Vaccination in the Punjab 1867-1880 - 1867-1880
Year: 1867
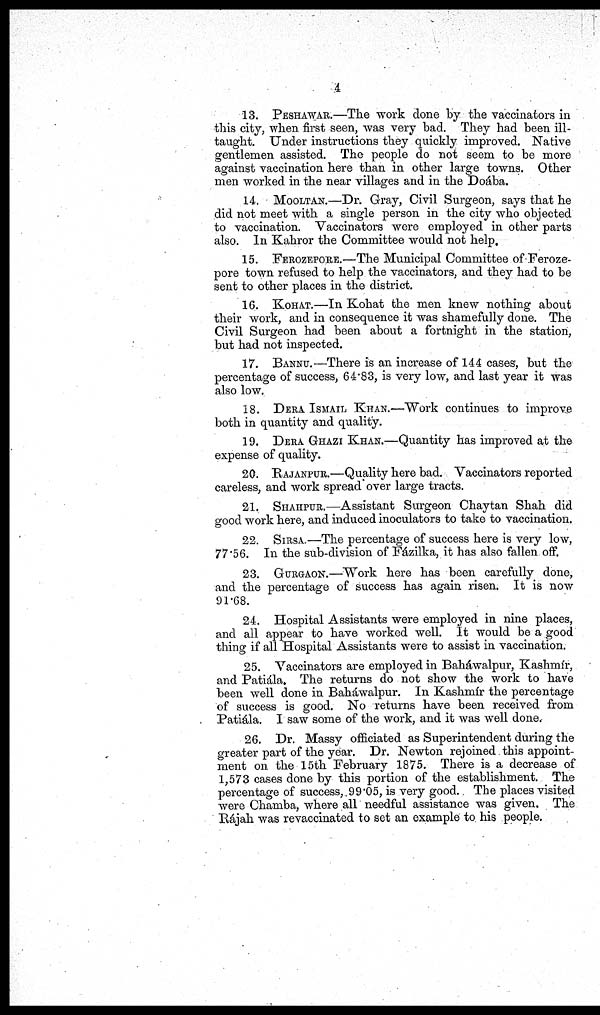
4
13. PESHAWAR.—The work done by the vaccinators in
this city, when first seen, was very bad. They had been ill
taught. Under instructions they quickly improved. Native
gentlemen assisted. The people do not seem to be more
against vaccination here than in other large towns. Other
men worked in the near villages and in the Doába.
14. MOOLTAN.—Dr. Gray, Civil Surgeon, says that he
did not meet with a single person in the city who objected
to vaccination. Vaccinators were employed in other parts
also. In Kahror the Committee would not help.
15. FEROZEPORE.—The Municipal Committee of
F
sent to other places in the district.
16. KOTAT.—In Kohat the men knew nothing about
their work, and in consequence it was shamefully done. The
Civil Surgeon had been about a fortnight in the station,
but had not inspected.
17. BANNU.—There is an increase of 144 cases, but the
percentage of success, 64.83, is very low, and last year it was
also low.
18. DERA ISMAIL KHAN.—"Work continues to improve
both in quantity and quality.
19. DERA GHAZI KHAN.—Quantity has improved at the
expense of quality.
20. BAJANPUR.—Quality here bad. Vaccinators reported
careless, and work spread over large tracts.
21. SHAHPUR.—Assistant Surgeon Chaytan Shah did
good work here, and induced inoculators to take to vaccination.
22. SIRSA.—The percentage of success here is very low,
77.56. In the sub-division of Fázilka, it has also fallen off.
23. GURGAON.—"Work here has been carefully done,
and the percentage of success has again risen. It is now
91.68.
24. Hospital Assistants were employed in nine places,
and all appear to have worked well. It would be a good
thing if all Hospital Assistants were to assist in vaccination.
25. Vaccinators are employed in Baháwalpur, Kashmir,
and Patiála. The returns do not show the work to have
been well done in Baháwalpur. In Kashmír the percentage
of success is good. No returns have been received from
Patiála. I saw some of the work, and it was well done.
26. Dr. Massy officiated as Superintendent during the
greater part of the year. Dr. Newton rejoined this appoint-
ment on the 15th February 1875. There is a decrease of
1,573 cases done by this portion of the establishment. The
percentage of success, 99.05, is very good. The places visited
were Chamba, where all needful assistance was given. The
Rájah was revaccinated to set an example to his people.